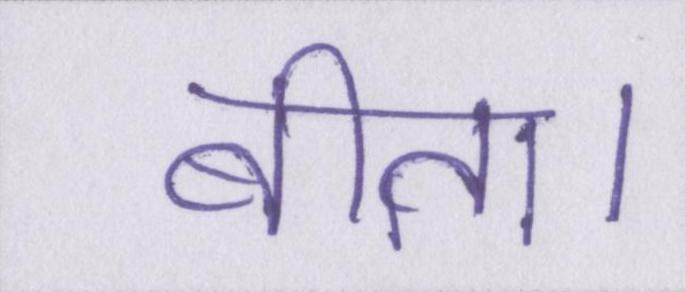
बीता।